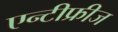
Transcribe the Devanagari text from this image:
एन्टीफ्रीज